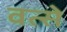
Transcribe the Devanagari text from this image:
वत्से